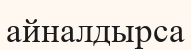
айналдырса